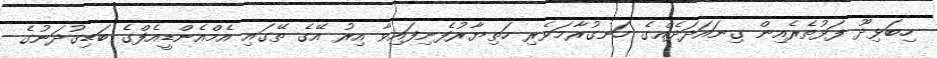
ހިބަޅިދޫ ފަޅުތެރެއިން ގިނައަދަދެއްގެ ހަނގުރާމަވެެރި ހަތިޔާރުފެނިފައިވާ އިރު އޭގެ ތޭގައި އެމްއެންޑީއެފްގެ ބަޑިގުދަނުގެ